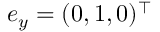
e _ { y } = ( 0 , 1 , 0 ) ^ { \top }